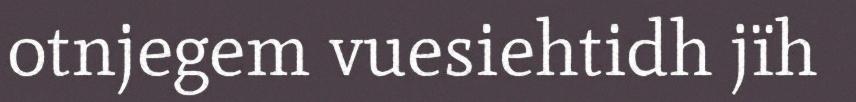
otnjegem vuesiehtidh jïh